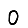
Digit: 0